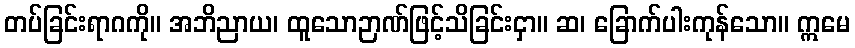
တပ်ခြင်းရာဂကို။ အဘိညာယ၊ ထူသောဉာဏ်ဖြင့်သိခြင်းငှာ။ ဆ၊ ခြောက်ပါးကုန်သော။ ဣမေ